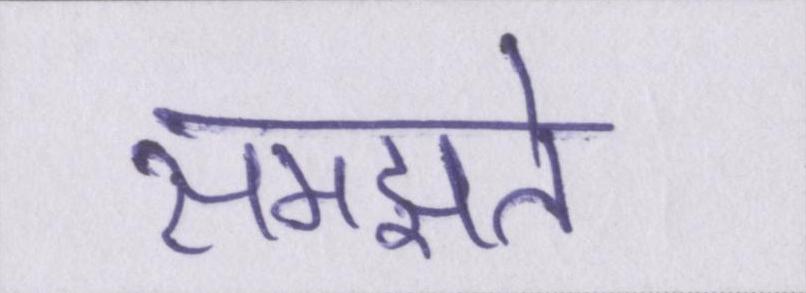
समझते